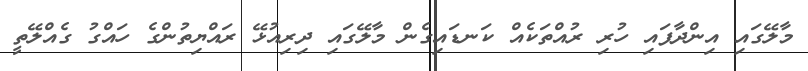
މާލޭގައި އިންދާފައި ހުރި ރުއްތަކެއް ކަނޑައިގެން މާލޭގައި ދިރިއުޅޭ ރައްޔިތުންގެ ހައްގު ގެއްލޭތީ